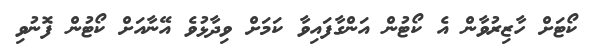
ކޯޓަށް ހާޒިރުވާން އެ ކޯޓުން އަންގާފައިވާ ކަމަށް ވިދާޅުވެ އޭނާއަށް ކޯޓުން ފޮނުވި